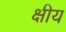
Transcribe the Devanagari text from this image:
क्षीय